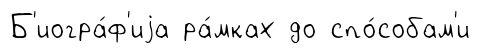
Б'иогра́ф'иjа ра́мках до спо́собам'и